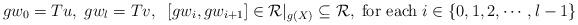
LaTeX: \begin{align*}gw_0=Tu,\;gw_{l}=Tv,\;\;[gw_i,gw_{i+1}]\in\mathcal{R}|_{g(X)}\subseteq \mathcal{R},\;{\rm for~each}\;i\in\{0,1,2,\cdots ,l-1\}\end{align*}